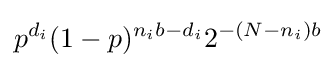
p^{d_{i}}(1-p)^{n_{i}b-d_{i}}2^{-(N-n_{i})b}